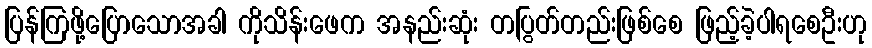
ပြန်ကြဖို့ပြောသောအခါ ကိုသိန်းဖေက အနည်းဆုံး တပြွတ်တည်းဖြစ်စေ ဖြည့်ခဲ့ပါရစေဦးဟု